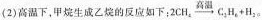
( 2 ) 高温下，甲烷生成乙烷的反应如下：$$2 C H _ { 4 } \xrightarrow { 高温 } C _ { 2 } H _ { 6 } + H _ { 2 }$$。